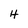
Character: H